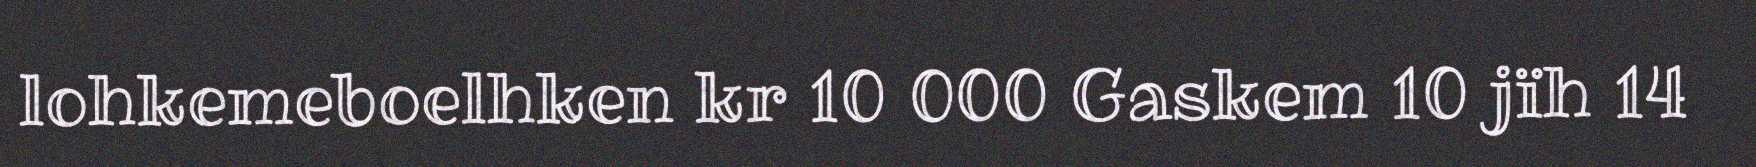
lohkemeboelhken kr 10 000 Gaskem 10 jïh 14